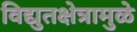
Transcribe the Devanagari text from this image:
विद्युतक्षेत्रामुळे